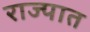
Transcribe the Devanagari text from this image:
राज्पात